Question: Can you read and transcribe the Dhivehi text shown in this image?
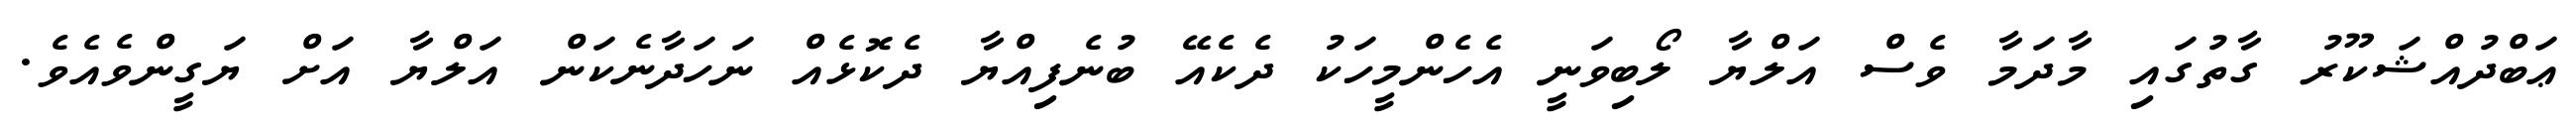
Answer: ޢަބްދުއްޝަކޫރު ގާތުގައި މާދަމާ ވެސް އަލްޔާ ލޯބިވަނީ އެހެންމީހަކު ދެކެއޭ ބުނެފިއްޔާ ދެކޮޅެއް ނަހަދާނެކަން އަލްޔާ އަށް ޔަގީންވެއެވެ.